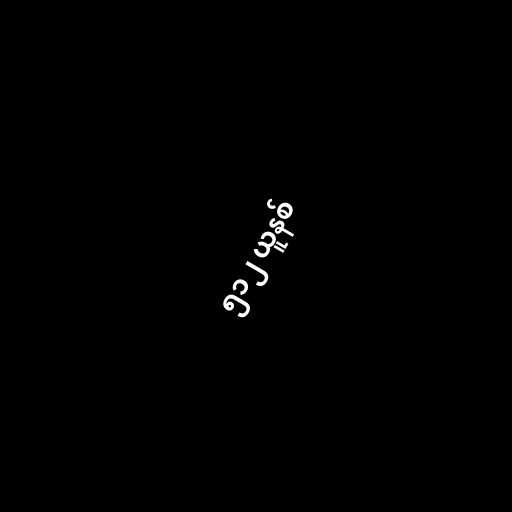
၅၁၂ ယူနစ်